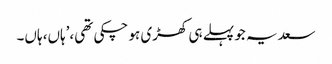
سعدیہ جو پہلے ہی کھڑی ہو چکی تھی،’ہاں، ہاں۔